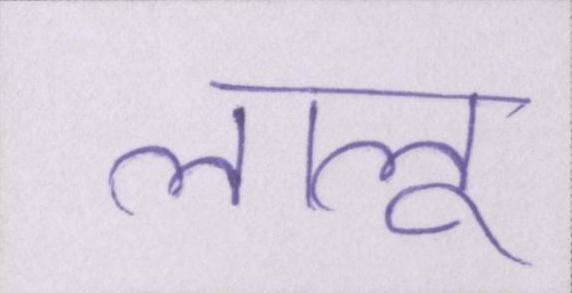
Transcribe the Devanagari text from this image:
लालू